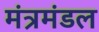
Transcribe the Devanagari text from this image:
मंत्रमंडल